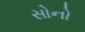
સોનો